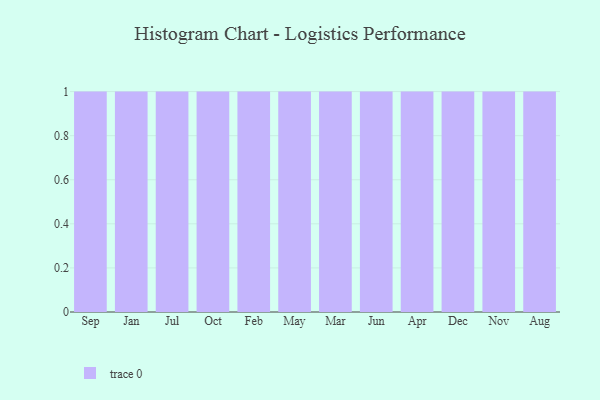
{"axis": {"x": "Month", "y": "Population (Million)"}, "legend": [""], "data": [{"x": "Sep", "y": 47, "type": ""}, {"x": "Jan", "y": 14, "type": ""}, {"x": "Jul", "y": 55, "type": ""}, {"x": "Oct", "y": 13, "type": ""}, {"x": "Feb", "y": 39, "type": ""}, {"x": "May", "y": 23, "type": ""}, {"x": "Mar", "y": 17, "type": ""}, {"x": "Jun", "y": 25, "type": ""}, {"x": "Apr", "y": 95, "type": ""}, {"x": "Dec", "y": 26, "type": ""}, {"x": "Nov", "y": 8, "type": ""}, {"x": "Aug", "y": 48, "type": ""}]}